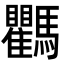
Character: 𩧚